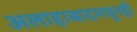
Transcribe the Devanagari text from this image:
अलाहाबादमधूनही